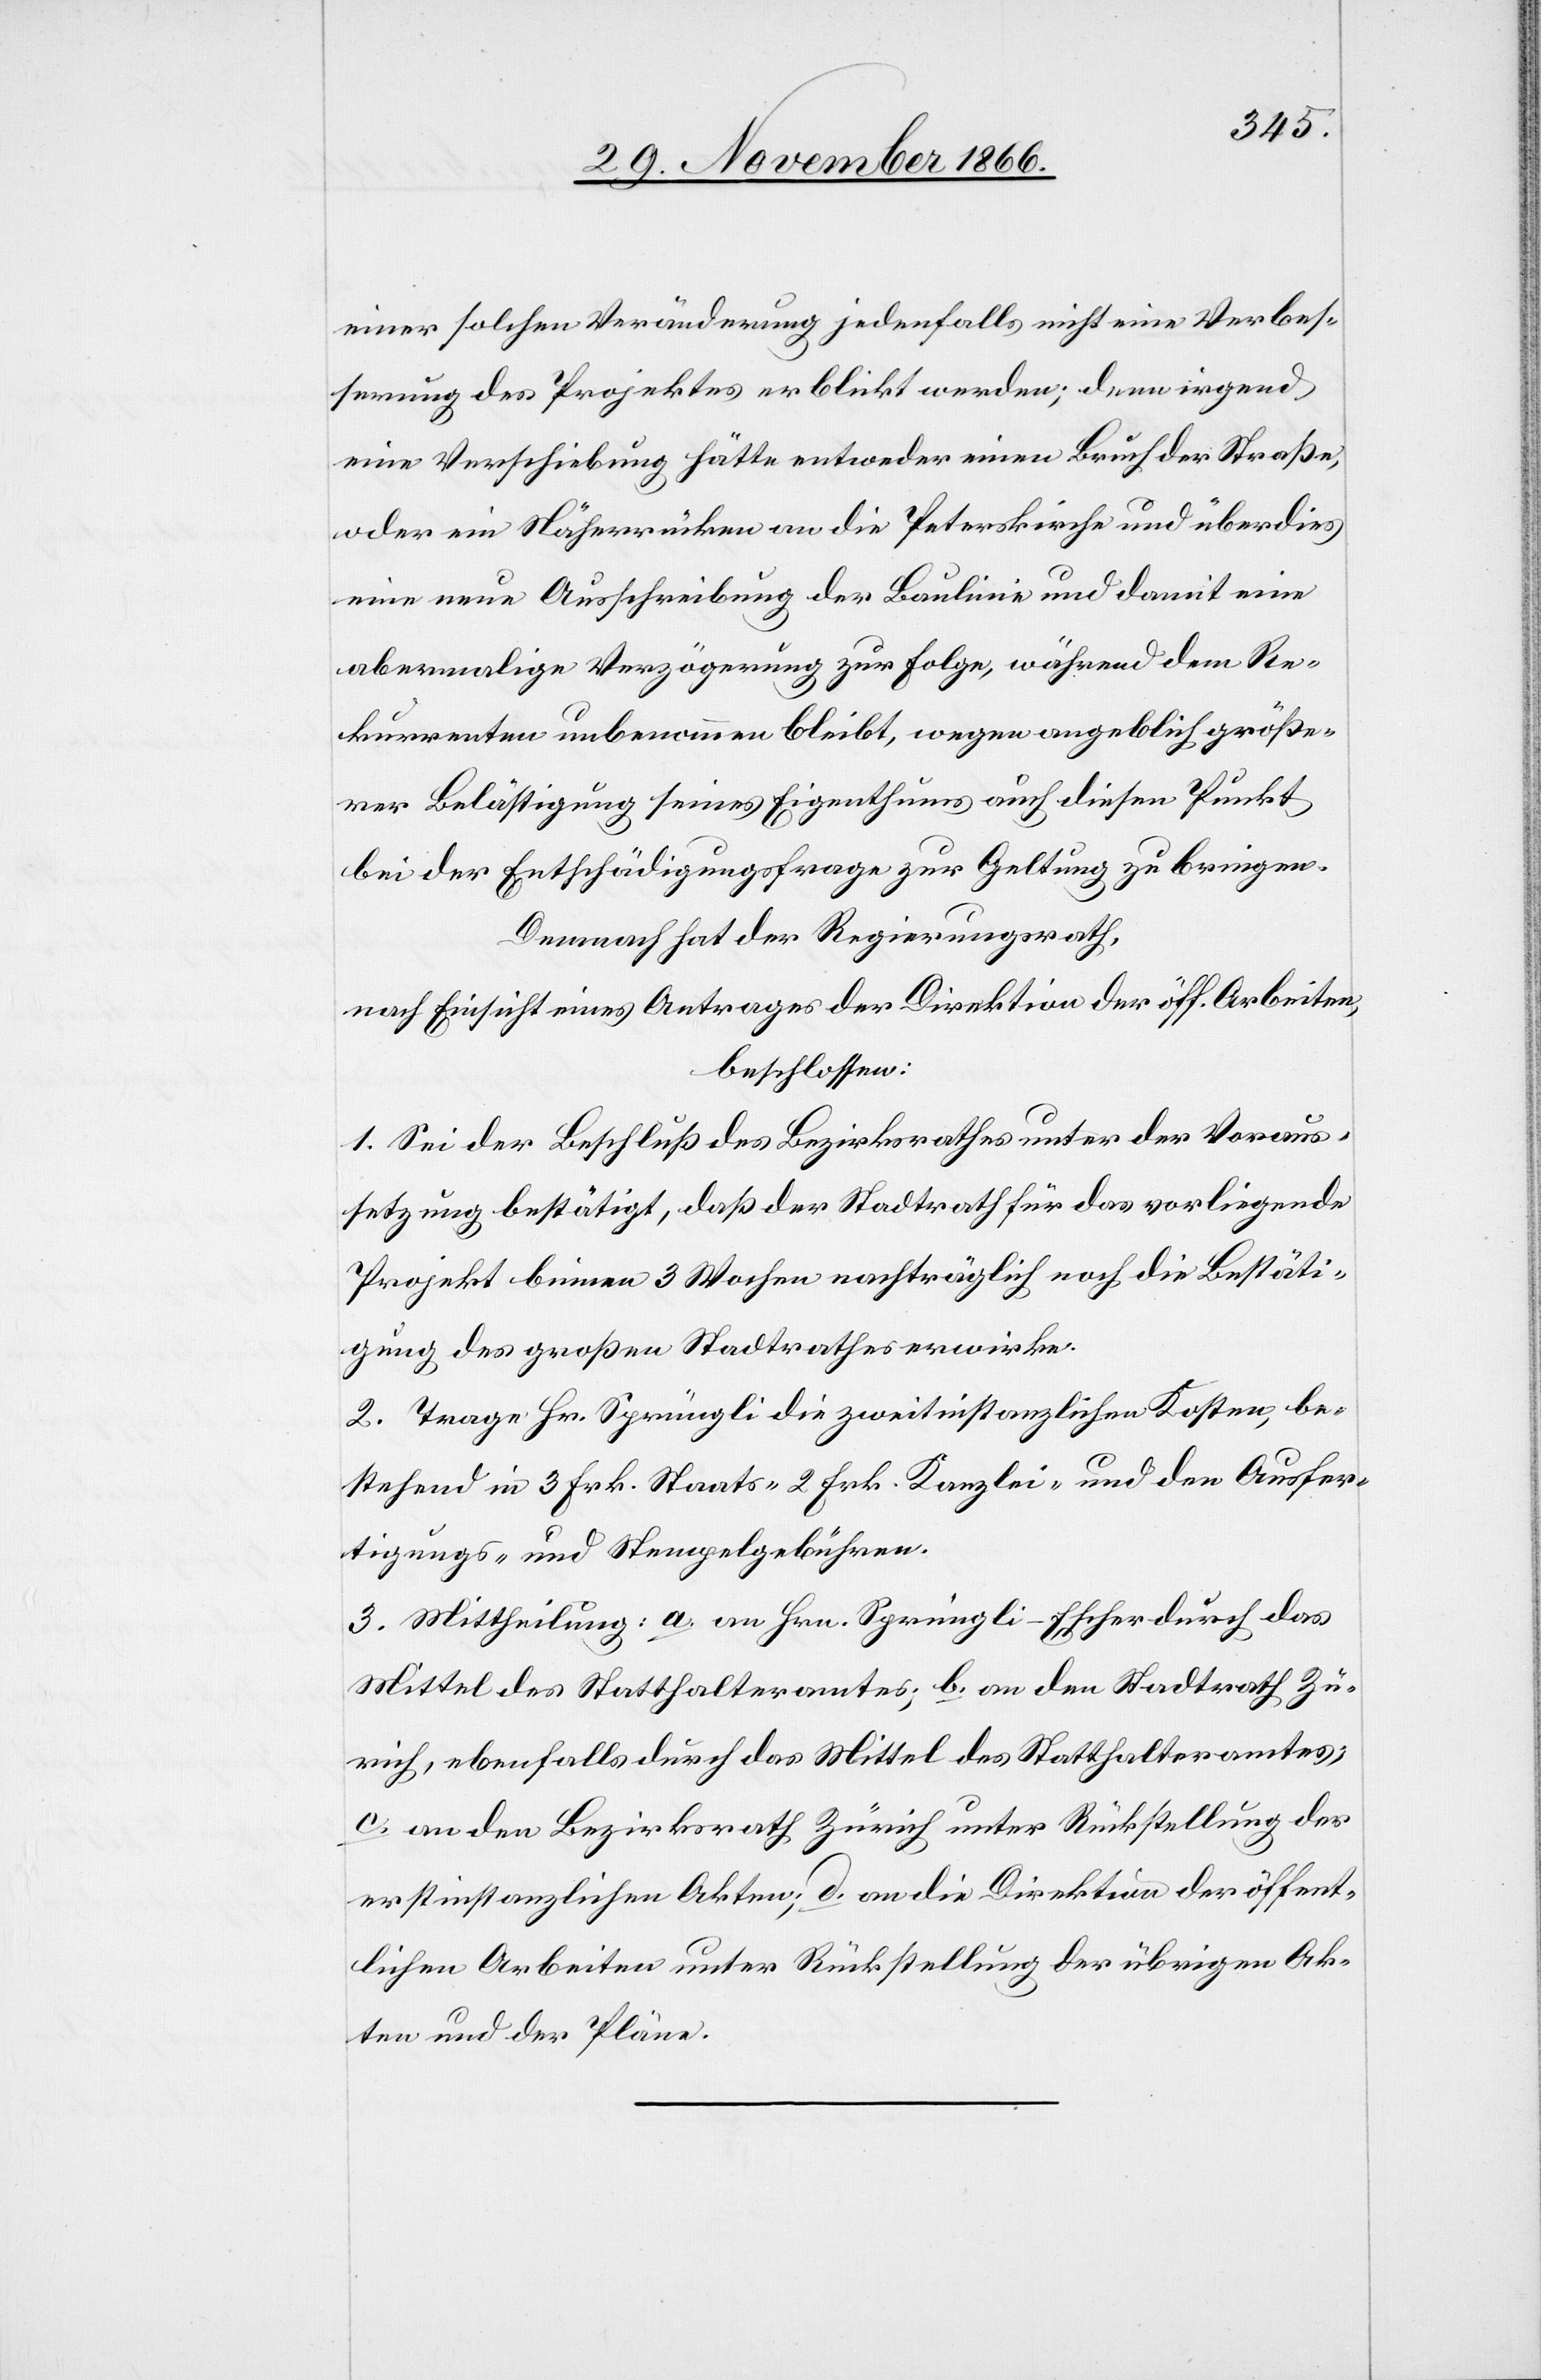
einer solchen Veränderung jedenfalls nicht eine Verbes¬
serung des Projektes erblickt werden; denn irgend
eine Verschiebung hätte entweder einen Bruch der Straße,
oder ein Näherrücken an die Peterskirche und überdies
eine neue Ausschreibung der Baulinie und damit eine
abermalige Verzögerung zur Folge, während dem Re¬
kurrenten unbenommen bleibt, wegen angeblich größe¬
rer Belästigung seines Eigenthums auch diesen Punkt
bei der Entschädigungsfrage zur Geltung zu bringen.
Demnach hat der Regierungsrath,
nach Einsicht eines Antrages der Direktion der öff. Arbeiten,
beschlossen:
1. Sei der Beschluß des Bezirksrathes unter der Voraus¬
setzung bestätigt, daß der Stadtrath für das vorliegende
Projekt binnen 3 Wochen nachträglich noch die Bestäti¬
gung des großen Stadtrathes erwirke.
2. Trage Hr. Sprüngli die zweitinstanzlichen Kosten, be¬
stehend in 3 Frk. Staats-, 2 Frk. Kanzlei- und den Ausfer¬
tigungs- und Stempelgebühren.
3. Mittheilung: a. an Hrn. Sprüngli-Escher durch das
Mittel des Statthalteramtes; b. an den Stadtrath Zü¬
rich, ebenfalls durch das Mittel des Statthalteramtes;
c. an den Bezirksrath Zürich unter Rückstellung der
erstinstanzlichen Akten; d. an die Direktion der öffent¬
lichen Arbeiten unter Rückstellung der übrigen Ak¬
ten und der Pläne.